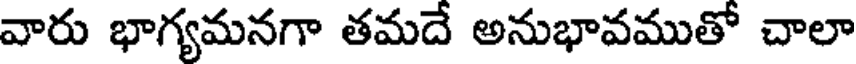
వారు భాగ్యమనగా తమదే అనుభావముతో చాలా